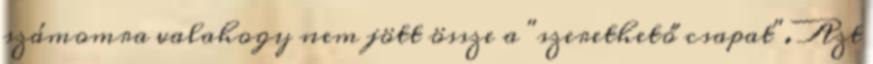
számomra valahogy nem jött össze a "szerethető csapat". Azt